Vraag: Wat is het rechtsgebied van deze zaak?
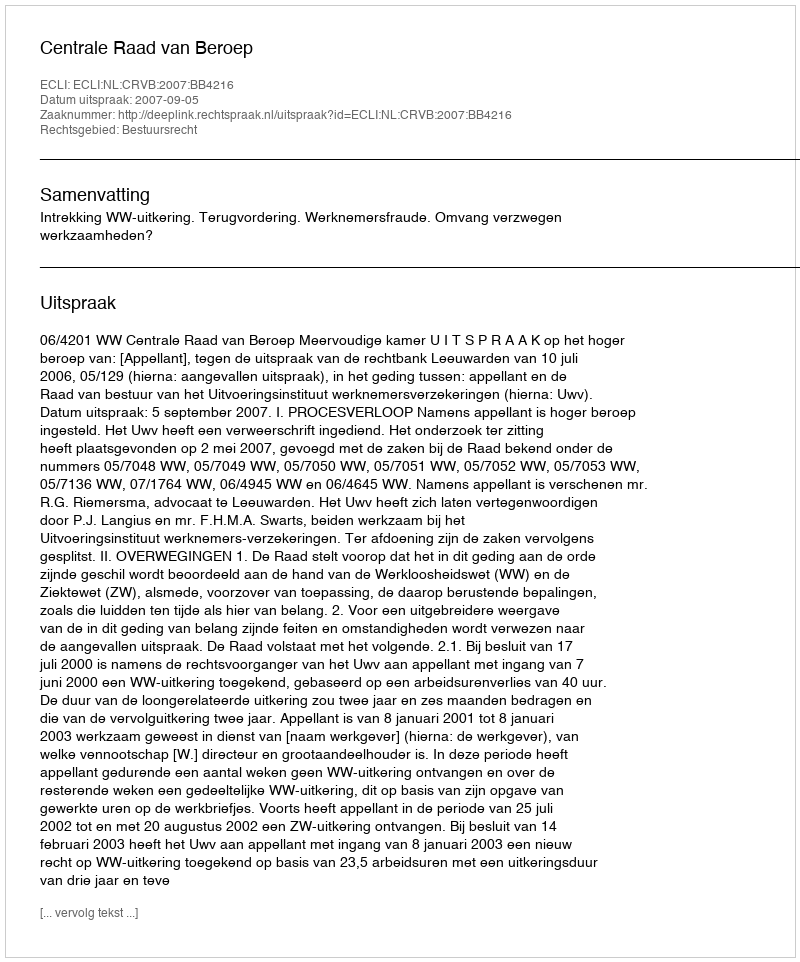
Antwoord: Bestuursrecht